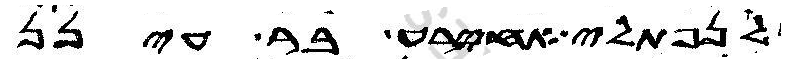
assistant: לנפתלי אחירע בר עינן